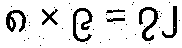
၈ × ၉ = ၇၂